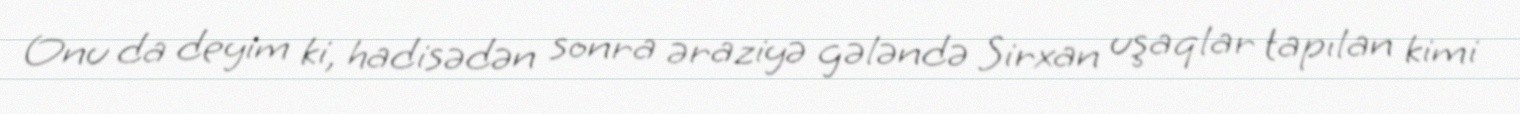
Onu da deyim ki, hadisədən sonra əraziyə gələndə Sirxan uşaqlar tapılan kimi